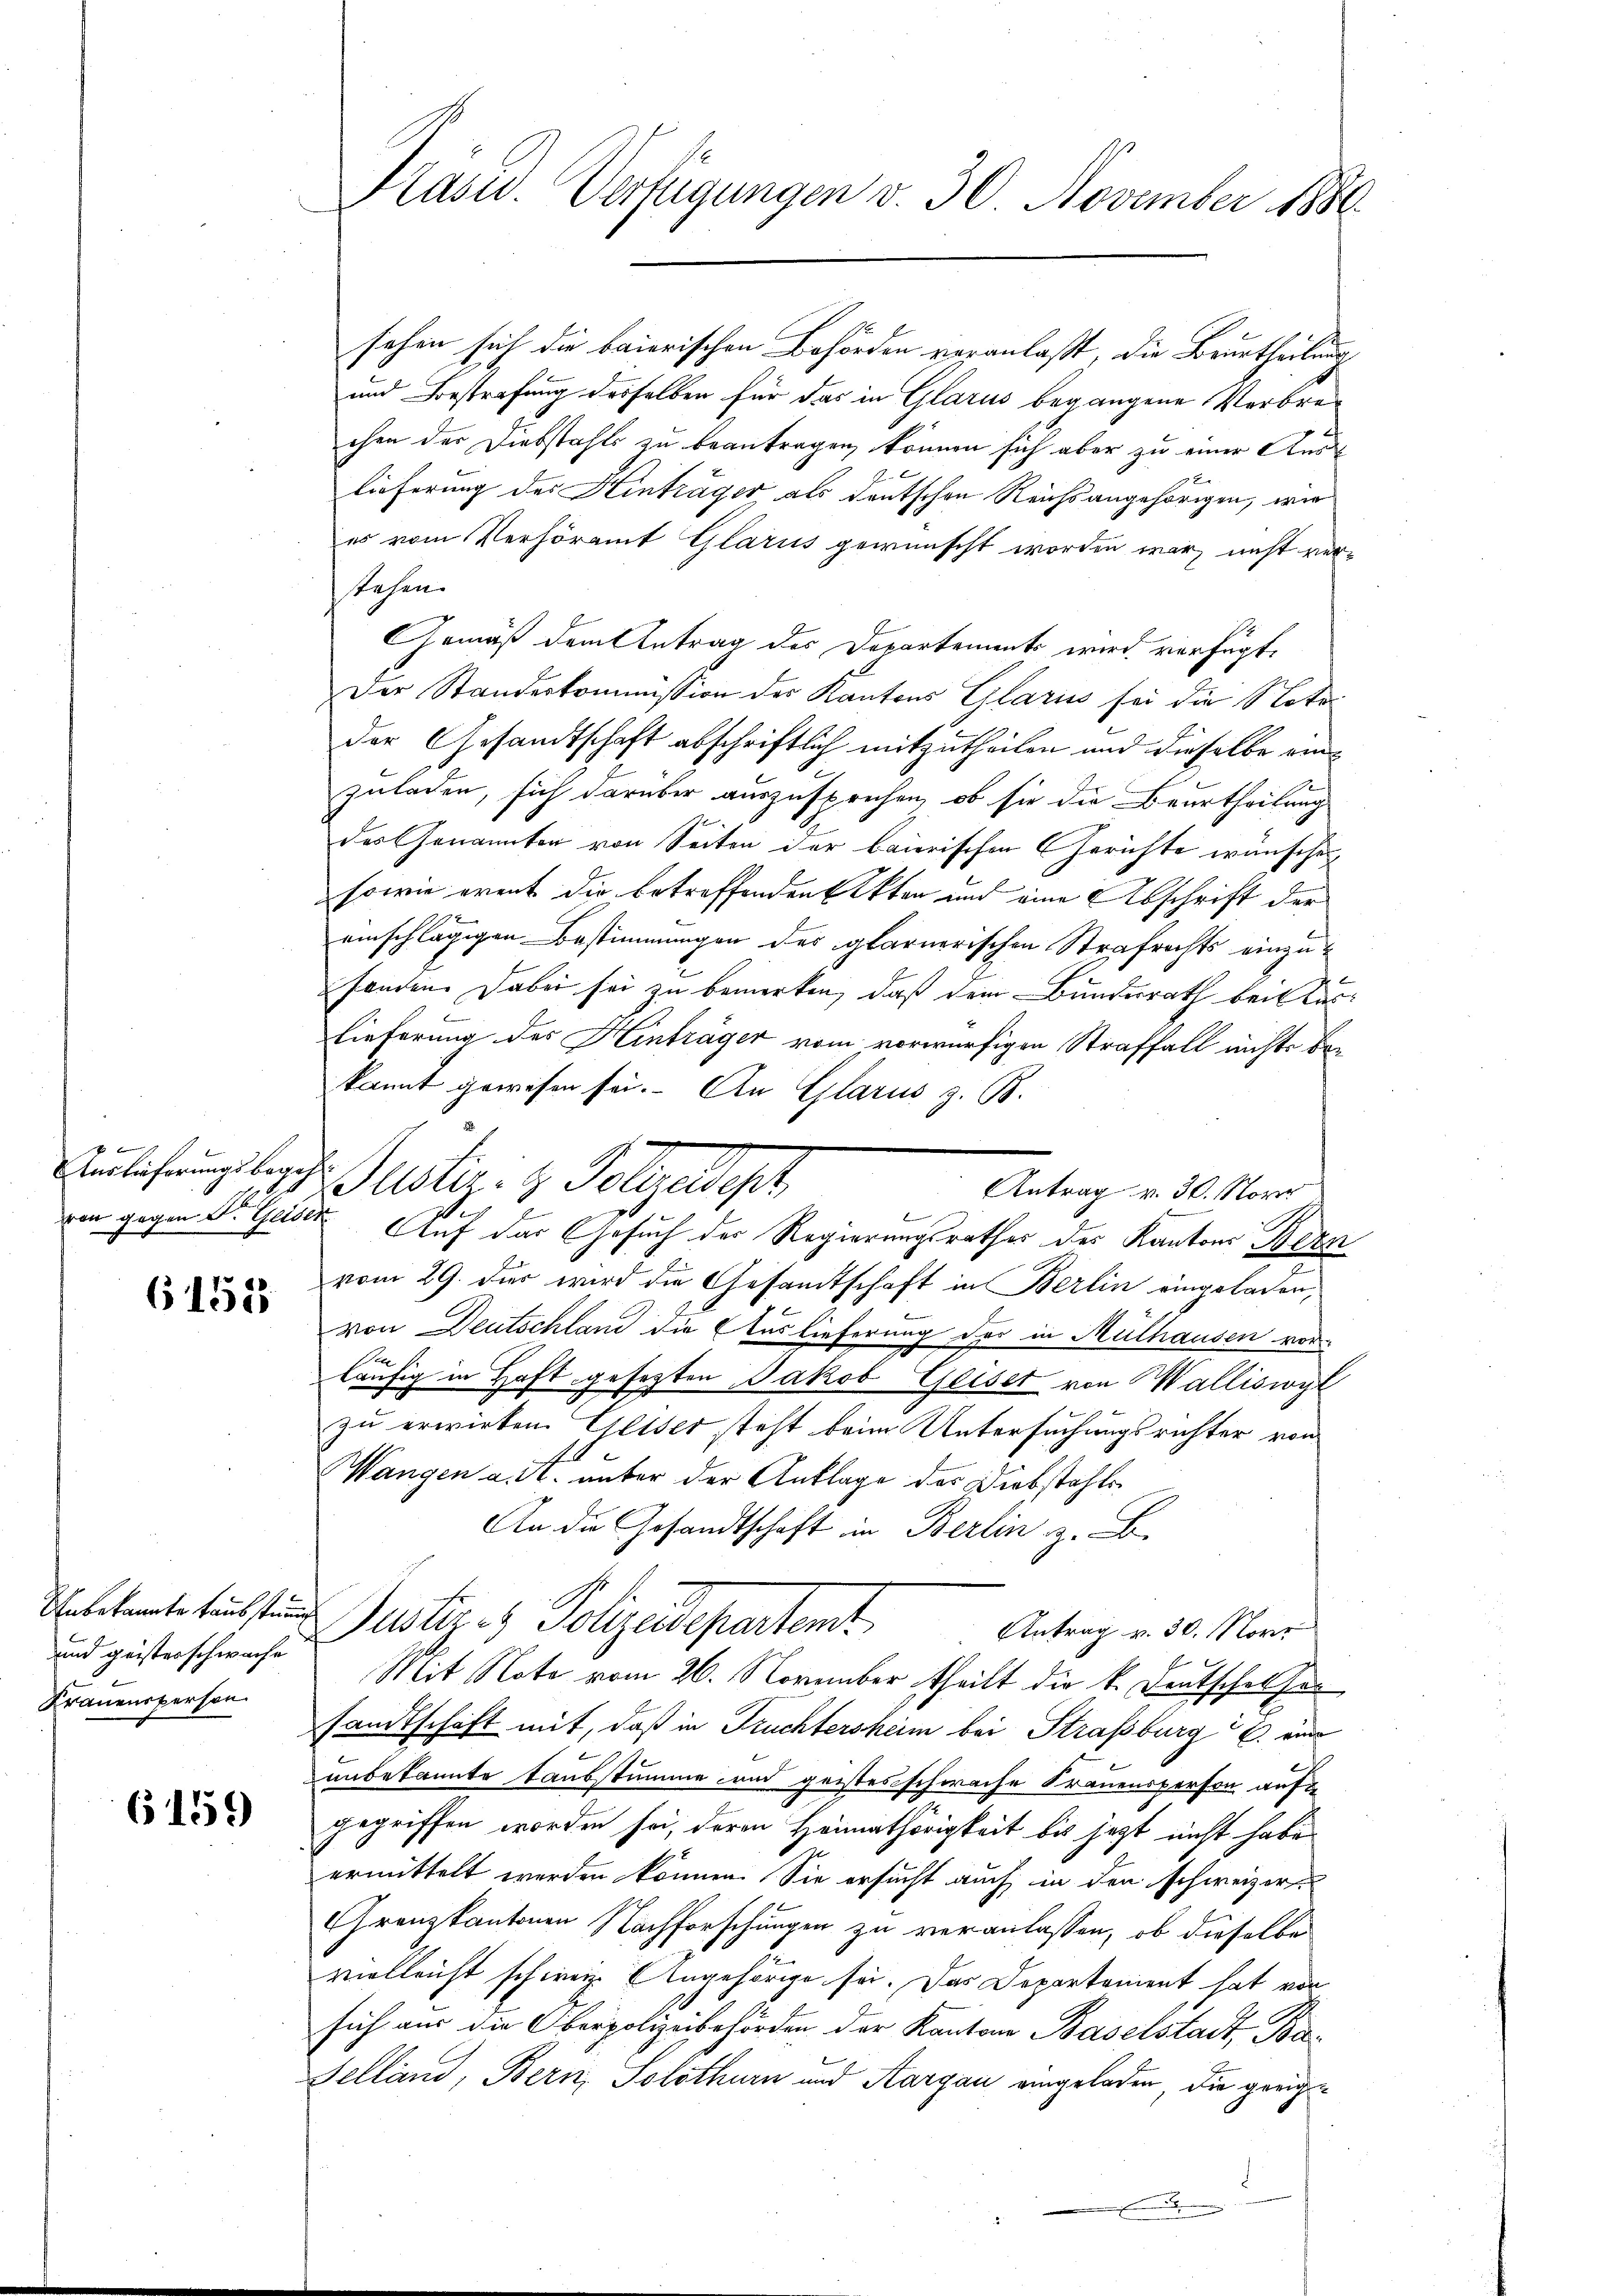
1
Auslieferungsbegeh¬
S.
von gegen Dr. Geisen

6152

und geisterschwache
Frauensperson

6159

sehen sich die baierischen Behörden veranlaßt, die Beurtheilung
und Bestrafung desselben für das in Glarus begangene Verbrechen der Diebstahls zu beantragen, können sich aber zu einer Auslieferung des Hinträger als deutschen Reichsangehörigen, wie
es vom Verhöramt Glarus gewünscht worden war, nicht verstehen.
GGemäß dem Antrag des Departements wird verfügt,
Der Standeskommission der Kantons Glarus sei die Notader Gesandtschaft abschriftlich mitzutheilen und dieselbe einzuladen, sich darüber auszusprechen, ob sie die Beurtheilung
des Genannten von Seiten der baierischen Gerichte wünschen,
sowie event die betreffenden Akten und eine Abschrift der
einschlägigen Bestimmungen der glarnerischen Strafrechts einzufanden. Dabei sei zu bemerken, daß dem Bundesrath bei länlieferung des Hinträger vom vorwürfigen Straffall nichts bekannt gewesen sei. An Glarus z. B.
Justiz- & Getradit
Auf das Gesuch der Regierungsrathes des Kantons Bern
2
vom 29. der wird die Gesandtschaft in Berlin eingeladen,
von Deutschland die Auslieferung der in Mülhausen vor-
läufig in Haft gesetzten Jakob Geiser von Walliswyl
zu erwirken. Eliser steht beim Untersuchungsrichter von
.
Wangen a. 11. unter der Anklage der Diebstahls
An die Gesandtschaft in Berlin z. B.
Unbekannte taussten Justiz- & Polizeidepartemt
Antrag v. 30. Nove
Mit Note vom 26. November theilt die k. Deutschelfen
sandtschaft mit, daß in Truchtersheim bei Straßburg ein
unbekannte Taubstumme und geistesschwache Trauensperson auf
gegriffen worden sei, deren Heimathörigkeit bis jetzt nicht habe
ermittelt werden können. Sie ersucht auch in den schweizer¬
Granzkantonen Nachforschungen zu veranlassen, ob dieselbe
vielleicht schweiz. Angehörige sei. Das Departement hat von
sich aus die Oberpolizeibehörden der Kantone Baselstadt, Ba¬
Selland, Bern, Solothurn und Aargau eingeladen, die gerich¬
.

Präved. Verfügungen v. 30 November 1886

Antrag v. 30. Nove